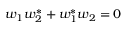
w _ { 1 } w _ { 2 } ^ { * } + w _ { 1 } ^ { * } w _ { 2 } = 0